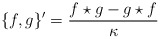
\begin{align*}\{f,g\}^\prime = {f\star g - g \star f\over \kappa}\end{align*}